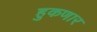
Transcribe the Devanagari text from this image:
हुकणार